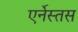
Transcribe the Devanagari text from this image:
एर्नेस्तस